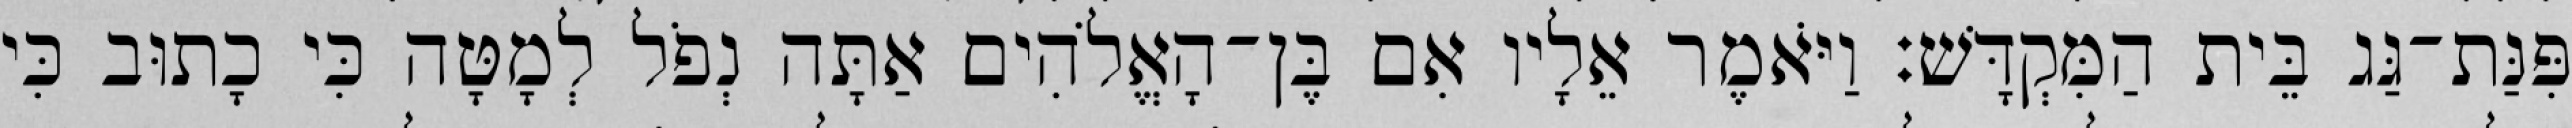
פִּנַּת־גַּג בֵּית הַמִּקְדָּשׁ׃ וַיֹּאמֶר אֵלָיו אִם בֶּן־הָאֱלֹהִים אַתָּה נְפֹל לְמָטָּה כִּי כָתוּב כִּי